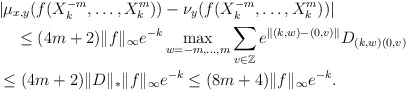
\begin{align*}&|\mu_{x,y}(f(X_k^{-m},\ldots,X_k^m))-\nu_y(f(X_k^{-m},\ldots,X_k^m))| \\ &\quad\le(4m+2)\|f\|_\infty e^{-k}\max_{w=-m,\ldots,m}\sum_{v\in\mathbb{Z}}e^{\|(k,w)-(0,v)\|}D_{(k,w)(0,v)} \\&\le(4m+2)\|D\|_*\|f\|_\infty e^{-k}\le(8m+4)\|f\|_\infty e^{-k}.\end{align*}